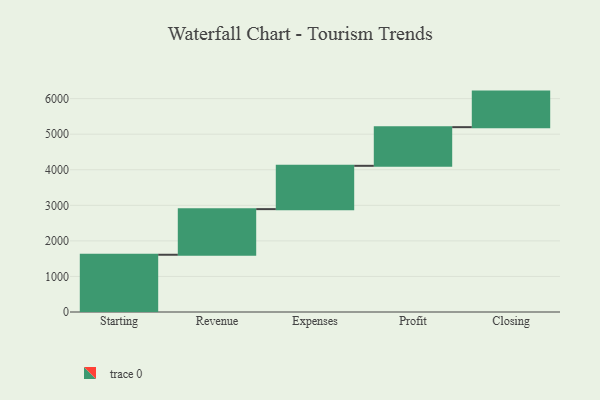
{"axis": {"x": "Step", "y": "Value"}, "legend": [""], "data": [{"x": "Starting", "y": 1610.0, "type": ""}, {"x": "Revenue", "y": 1283.0, "type": ""}, {"x": "Expenses", "y": 1218.0, "type": ""}, {"x": "Profit", "y": 1087.0, "type": ""}, {"x": "Closing", "y": 1000, "type": ""}]}